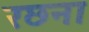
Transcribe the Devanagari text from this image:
रछना